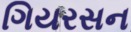
ગિયરસન